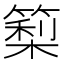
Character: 𥲧